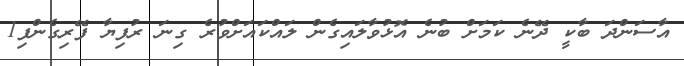
އާސަންދަ ބާކީ ދޭނެ ކަމަށް ބުނެ އޮޅުވާލައިގެން ލައްކައަށްވުރެ ގިނަ ރުފިޔާ ފޭރިގެންފި1